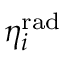
\eta _ { i } ^ { \mathrm { r a d } }